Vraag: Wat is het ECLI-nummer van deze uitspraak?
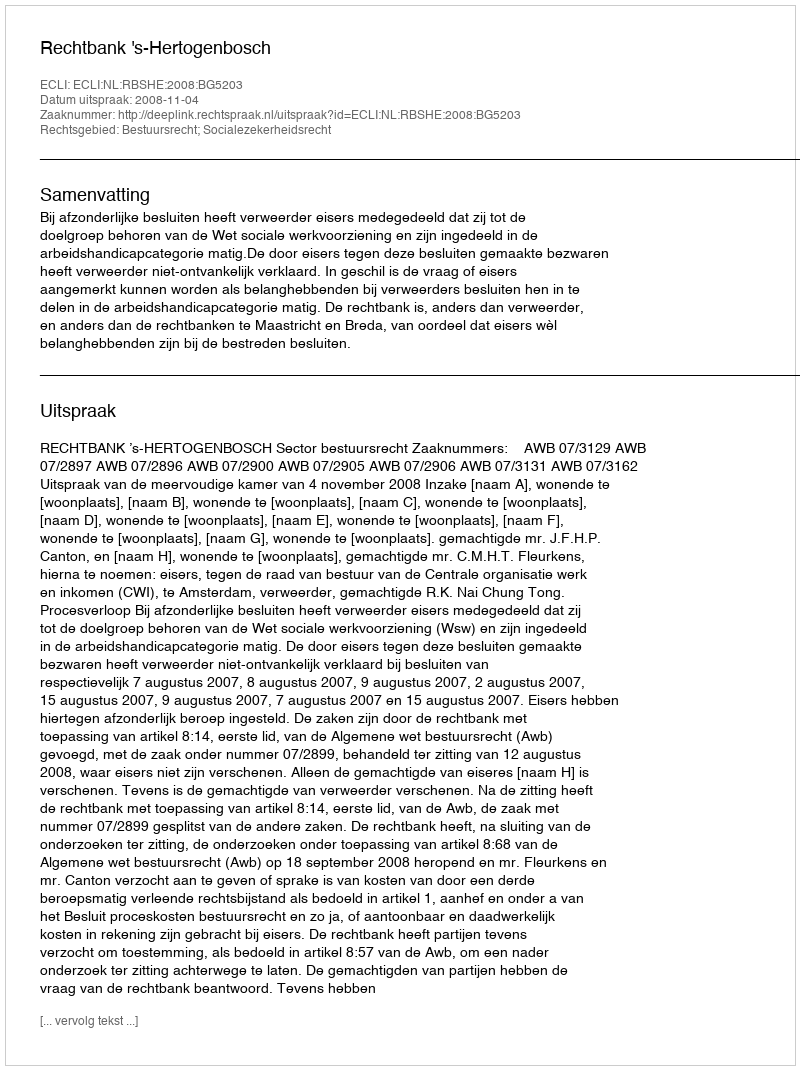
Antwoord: ECLI:NL:RBSHE:2008:BG5203